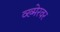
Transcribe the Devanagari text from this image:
व्ख्मेरवर